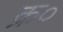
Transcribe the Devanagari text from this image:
क्र०